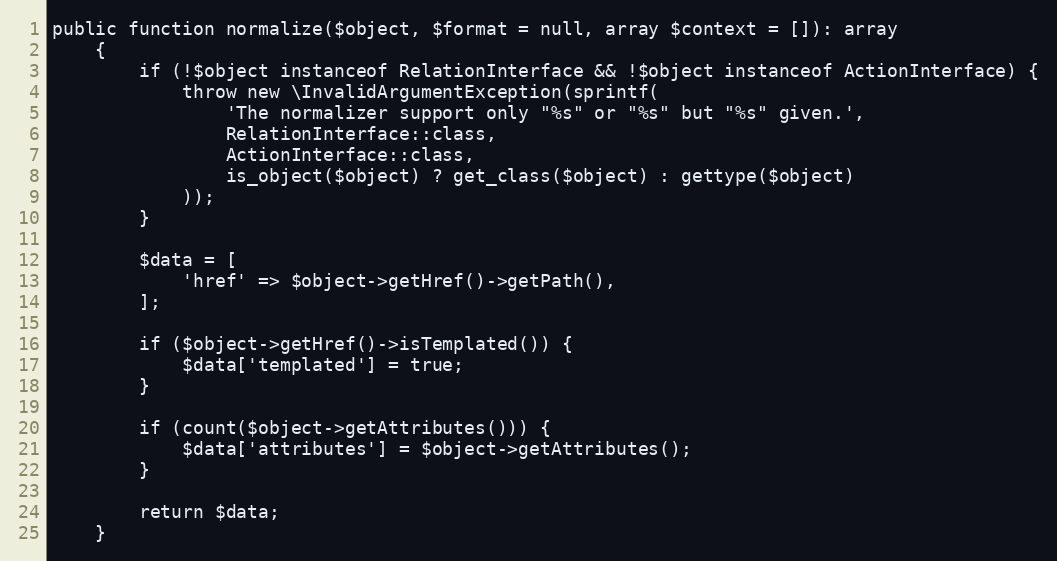
Language: PHP
public function normalize($object, $format = null, array $context = []): array
    {
        if (!$object instanceof RelationInterface && !$object instanceof ActionInterface) {
            throw new \InvalidArgumentException(sprintf(
                'The normalizer support only "%s" or "%s" but "%s" given.',
                RelationInterface::class,
                ActionInterface::class,
                is_object($object) ? get_class($object) : gettype($object)
            ));
        }

        $data = [
            'href' => $object->getHref()->getPath(),
        ];

        if ($object->getHref()->isTemplated()) {
            $data['templated'] = true;
        }

        if (count($object->getAttributes())) {
            $data['attributes'] = $object->getAttributes();
        }

        return $data;
    }